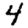
Digit: 4